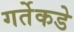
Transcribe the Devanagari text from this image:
गर्तेकडे